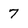
Character: 7